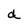
Character: a